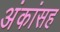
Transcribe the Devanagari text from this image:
अंकांसह